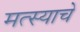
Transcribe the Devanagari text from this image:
मत्स्याचे